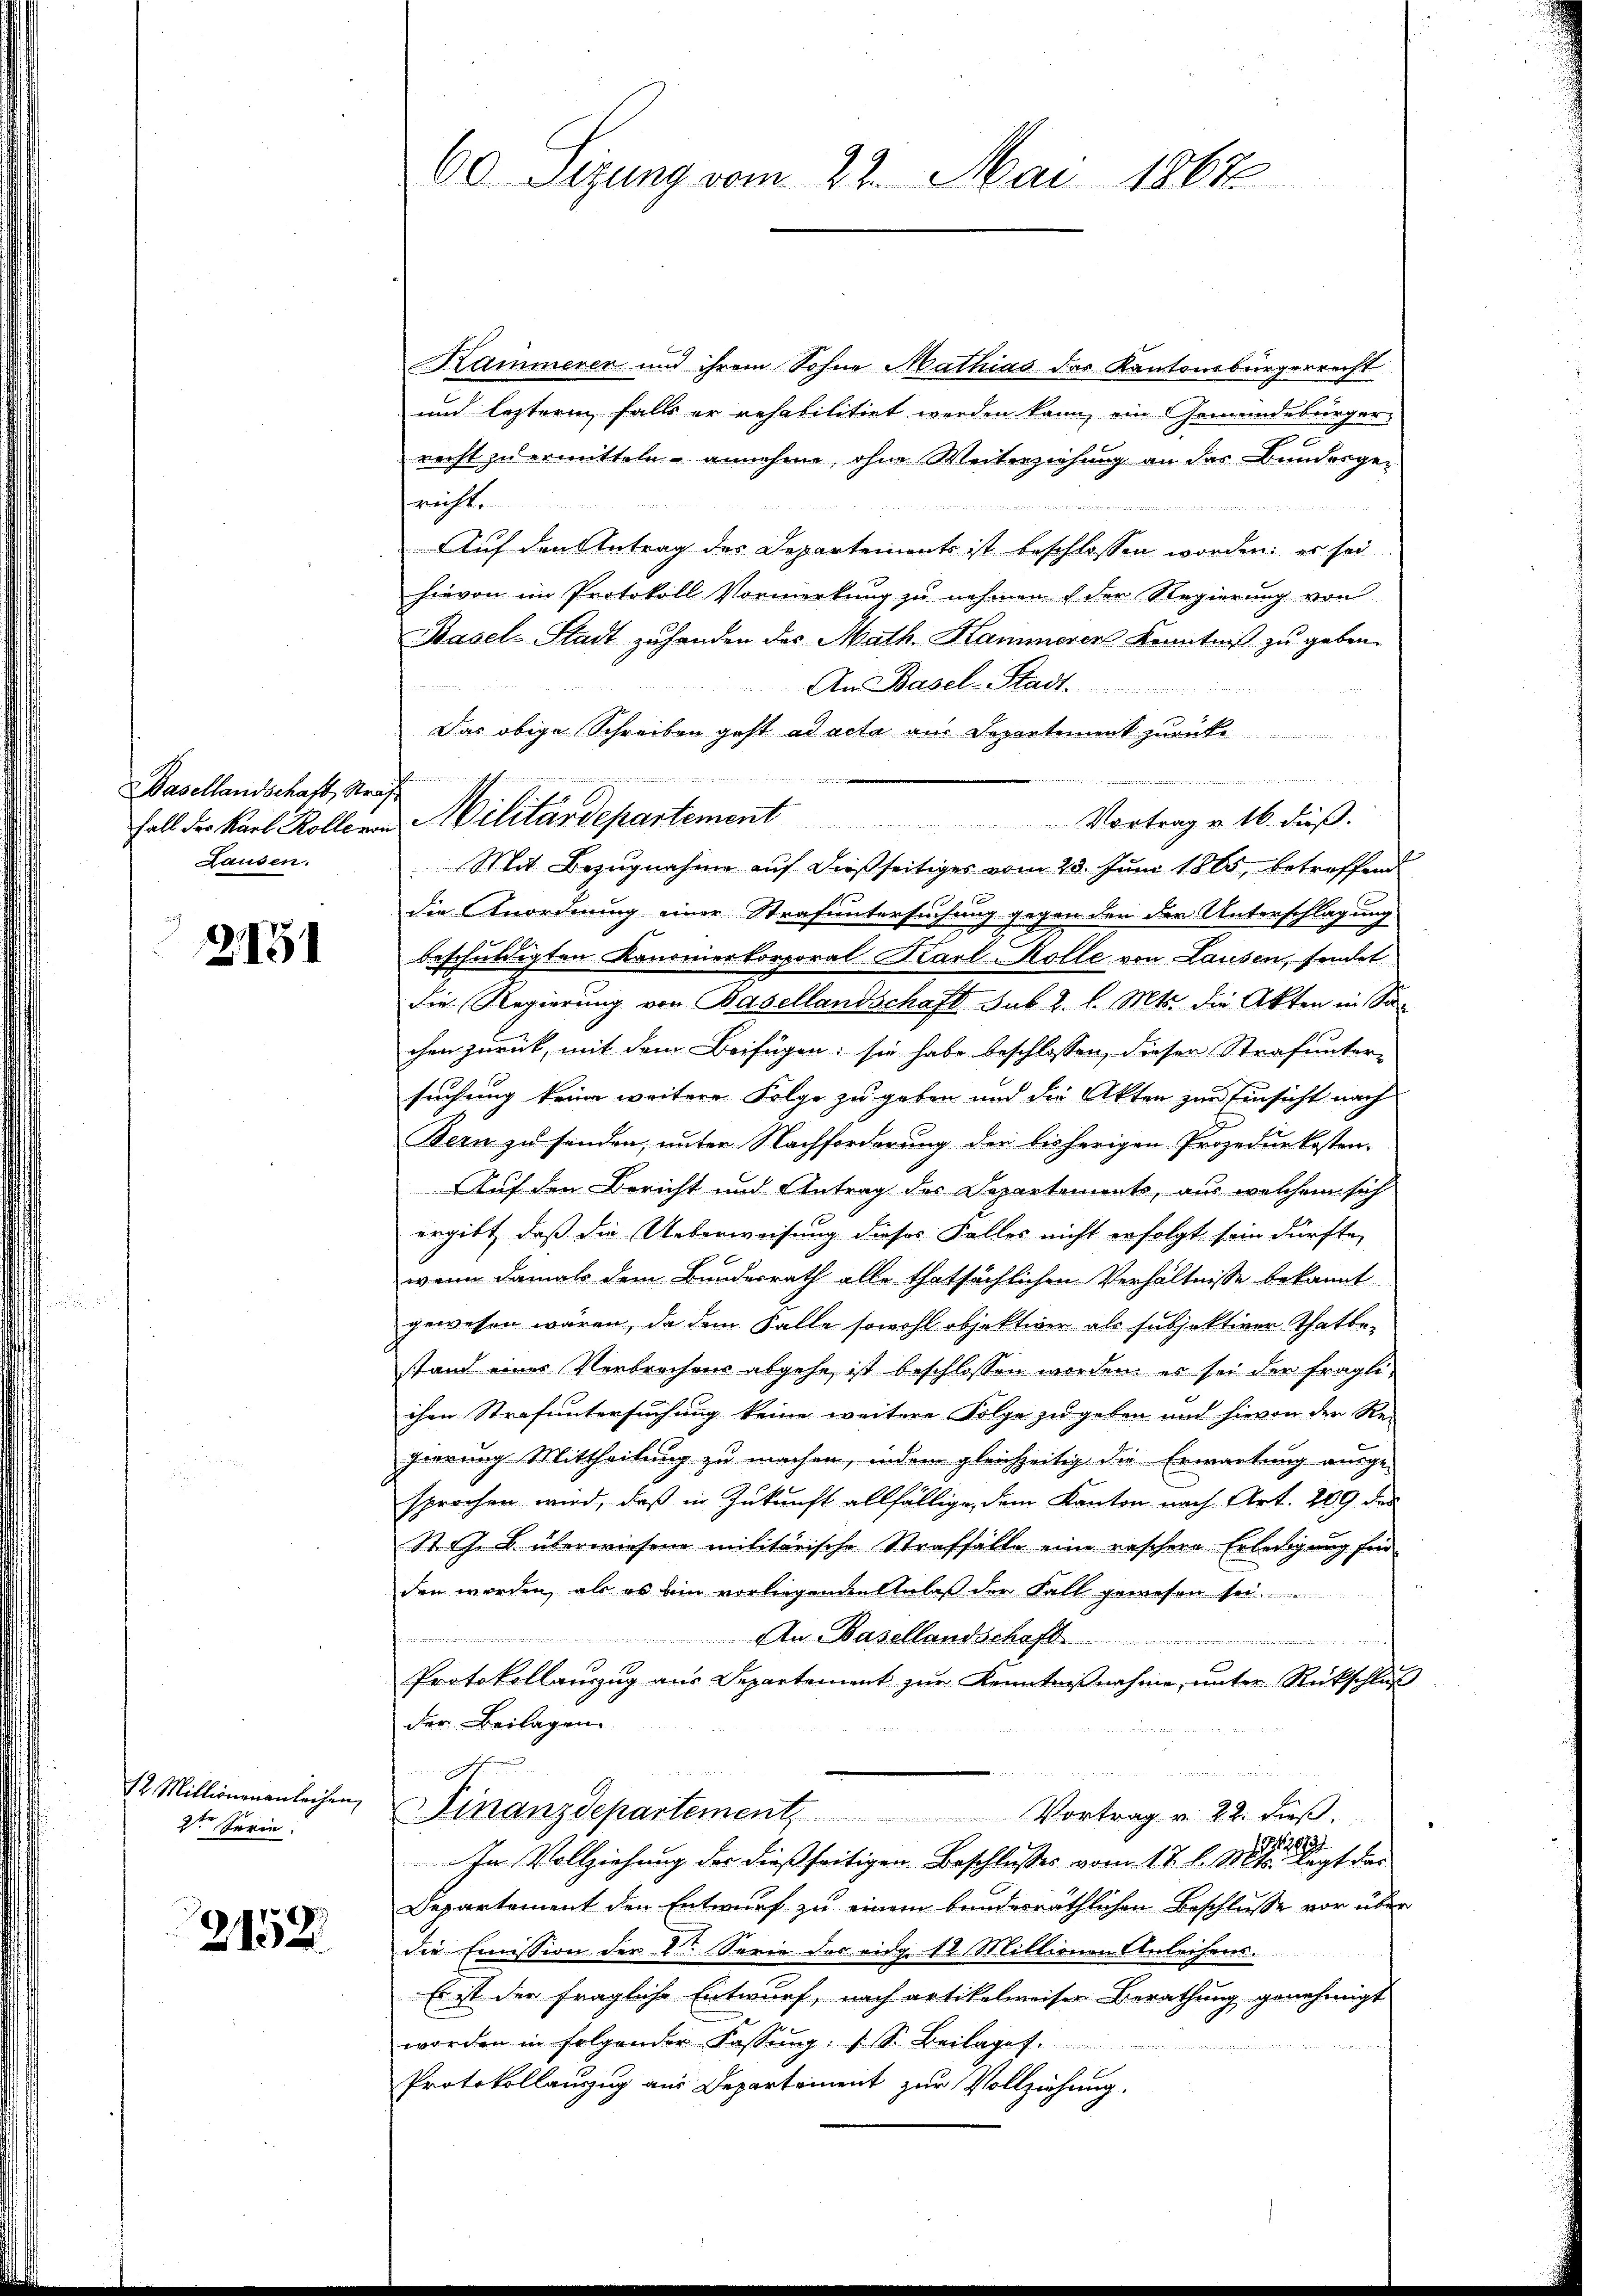
Basellandschaft, Straf¬
Sausen.

2151

12. Millionenanleihen,
2ten Serie.

3152

Kammerer und ihrem Sohne Mathias das Kantonsbürgerrecht
und leztere falls er rehabilitirt werden kann, ein Gemeindebürger-
recht zu ermitteln annehme, ohne Weiterziehung an das Bundesge-
richten
Auf den Antrag des Departements ist beschlossen worden; es sei
hievon im Protokoll Vormerkung zu nehmen & der Regierung von
Basel-Stadt zuhanden des Math. Kammerer Kenntniß zu geben.
An Basel-Stadt.
Das obige Schreiben geht ad acta aus Departement zurücke
meinden in eine
ina

Fall der Karl Kollern Militärdepartement Vortrag u. 16. dieβ.
Mit Bezugnahme auf dießseitiges vom 23. Juni 1885, betreffend
die Anordnung einer Strafuntersuchung gegen den der Unterschlagung
beschuldigten Kanonierkorporal Karl-Kolle von Lausen, sindet
die Regierung von Basellandschaft sub. 2. l. Mts. die Akten in Sa-
chen zurück, mit dem Beifügen: sie habe beschlossen, dieser Strafunter-
suchung keine weitere Folge zu geben und die Akten zur Einsicht nach
Bern zu senden, unter Nachforderung der bisherigen Prozedurkosten-
Auf den Bericht und Antrag des Departements, aus welchem sich
ergibt, daß die Ueberweisung dieses Falles nicht erfolgt sein dürfte,
wenn damals dem Bundesrath alle thatsächlichen Verhältnisse bekannt
gewesen wären, da dem Falle sowohl objekterer als subjektiver Thatbestand eines Verbrechens abgehe, ist beschlossen worden, es sei der fragliihre Strafuntersuchung keine weitere Folge zu geben und hievon der Re-
gierung Mittheilung zu machen, indem gleichzeitig die Erwartung ausge-
sprochen wird, daß in Zukunft allfällige, dem Kanton nach Art. 209 des
St. G. B. überwiesene militärische Straffälle eine raschen Erledigung für
den werden, als es ein vorliegenden Anlaß der Fall gewesen sei.
An Basellandschaft ...........
Protokollauszug aus Departement zur Kenntnißnahme, unter Rückschluß
der Beilagen.
Geben
.
Finanzdepartement, Vortrag v. 22. Fŭβ
p
In Vollziehung der dießseitigen Beschlusses vom 17. l. 1811. legt der
Departement den Entwurf zu einem bundesräthlichen Beschlusse vor über
die Emission der 2te Serie des eidg. 12 Millionen Anleihens.
Es ist der fragliche Entwurf, nach artikelweiser Berathung genehmigt
worden in folgender Fassŭng. (S. Beilage.

Protokollauszug aus Departement zur Vollziehung.

60 Sizung vom 22. Mai 1867